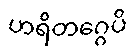
ဟရိတဂ္ဂေပိ